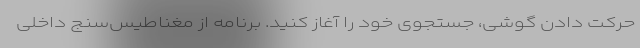
حرکت دادن گوشی، جستجوی خود را آغاز کنید. برنامه از مغناطیس‌سنج داخلی